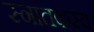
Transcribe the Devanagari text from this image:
स्नातकस्य